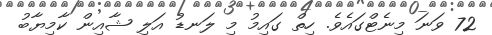
72 ވަނަ މިނެޓްގައެވެ. ހިތް ގައިމު މި ލަނޑު އަލި ޝާއިން ކާމިޔާބު